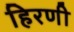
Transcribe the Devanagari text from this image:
हिरणी